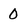
Character: 0